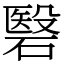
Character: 䃜